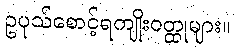
ဥပုသ်စောင့်ရကျိုးဝတ္ထုများ။